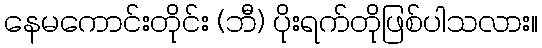
နေမကောင်းတိုင်း (ဘီ) ပိုးရက်တိုဖြစ်ပါသလား။